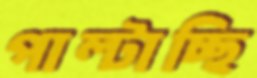
পাল্টাচ্ছি